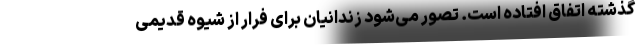
گذشته اتفاق افتاده است. تصور می‌شود زندانیان برای فرار از شیوه قدیمی